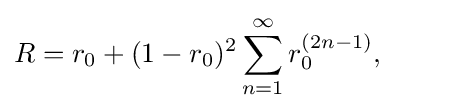
R=r_{0}+(1-r_{0})^{2}\sum _{n=1}^{\infty }r_{0}^{(2n-1)},\qquad